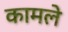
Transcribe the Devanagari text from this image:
कामले